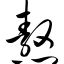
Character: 熬